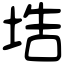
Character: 𡌃